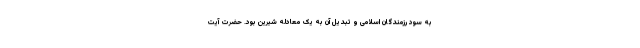
به سود رزمندگان اسلامی و تبدیل آن به یک معادله شیرین بود. حضرت آیت